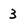
Character: 3